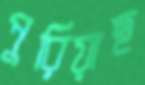
পুরিয়াছ